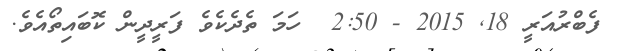
ފެބްރުއަރީ 18